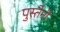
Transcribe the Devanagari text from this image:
पुस्‍तेनी